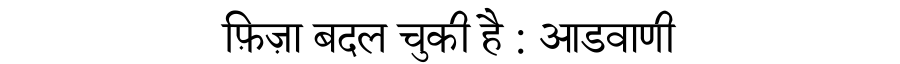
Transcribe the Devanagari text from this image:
फ़िज़ा बदल चुकी है : आडवाणी